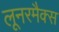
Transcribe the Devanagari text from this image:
लूनरमैक्स